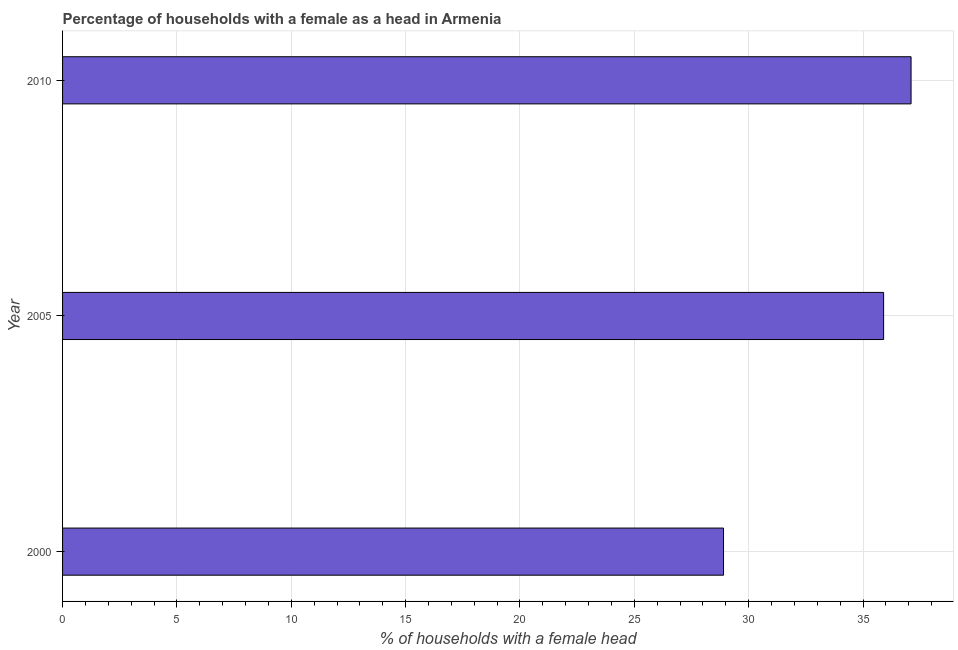
| Year | Female headed households |
 | --- | --- |
 | 2000 | 28.9 |
 | 2005 | 35.9 |
 | 2010 | 37.1 |